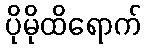
ပိုမိုထိရောက်